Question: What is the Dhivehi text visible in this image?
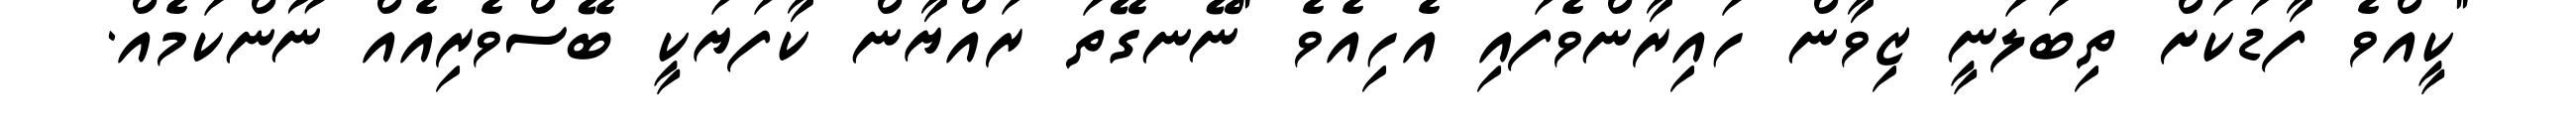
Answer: "ކީއްވެ ފާޑަކަށް ތިބަލަނީ ޒިވާން ހައިރާންވެފައި އެހިއެވެ "ނޭނގޭތަ ރައްޔާން ކާފަޔަކީ ބޭސްވެރިއެއް ނޫންކަމެއް.